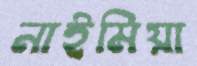
নাইমিয়া